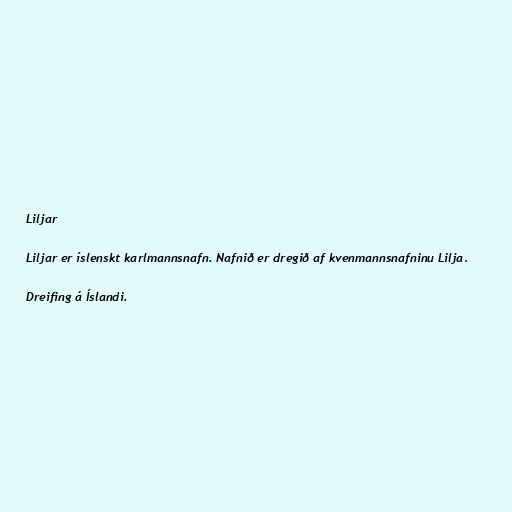
Liljar

Liljar er íslenskt karlmannsnafn. Nafnið er dregið af kvenmannsnafninu Lilja.

Dreifing á Íslandi.